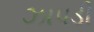
ઝાપડી